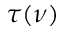
\tau ( \nu )